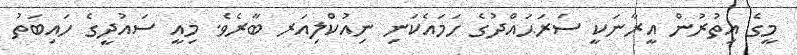
މީގެ އިތުރުން އީރާނަކީ ސަރަޙައްދުގެ ހަމައެކަނި ނިއުކްލިއަރ ބާރެވެ. މިއީ ސައުދީގެ ހައިބަތު